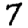
Digit: 7